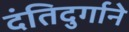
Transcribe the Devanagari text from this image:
दंतिदुर्गाने